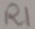
Text: R1